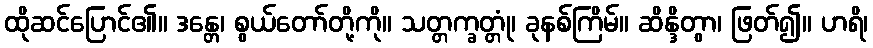
ထိုဆင်ပြောင်၏။ ဒန္တေ၊ စွယ်တော်တို့ကို။ သတ္တက္ခတ္တုံ၊ ခုနစ်ကြိမ်။ ဆိန္ဒိတွာ၊ ဖြတ်၍။ ဟရိ၊